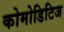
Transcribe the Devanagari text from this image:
कोमोडिटिज